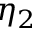
\eta _ { 2 }